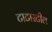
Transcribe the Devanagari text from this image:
टाटास्‍टील